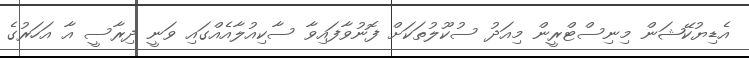
އެޑިޔުކޭޝަން މިނިސްޓްރީން މިއަދު ސުކޫލުތަކަށް ފޮނުވާފައިވާ ސާކިއުލާއެއްގައި ވަނީ ދިރާސީ އާ އަހަރުގެ